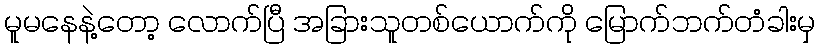
မူမနေနဲ့တော့ လောက်ပြီ အခြားသူတစ်ယောက်ကို မြောက်ဘက်တံခါးမှ